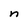
Character: n